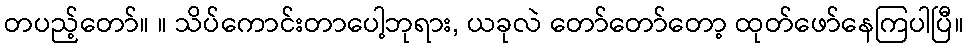
တပည့်တော်။ ။ သိပ်ကောင်းတာပေါ့ဘုရား, ယခုလဲ တော်တော်တော့ ထုတ်ဖော်နေကြပါပြီ။